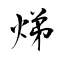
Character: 焍